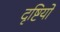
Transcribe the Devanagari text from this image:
दृष्टियो